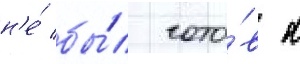
н'е́ бы́л гото́в к